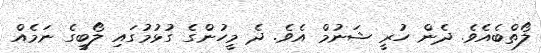
ލޯތްބެއެވެ. ދެން ހުރީ ޝަނުމް އެވެ. ދެ މީހުންގެ ގުޅުމުގައި ލޯބީގެ ނަމެއް